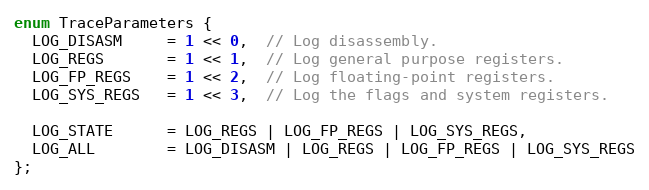
Language: C
enum TraceParameters {
  LOG_DISASM     = 1 << 0,  // Log disassembly.
  LOG_REGS       = 1 << 1,  // Log general purpose registers.
  LOG_FP_REGS    = 1 << 2,  // Log floating-point registers.
  LOG_SYS_REGS   = 1 << 3,  // Log the flags and system registers.

  LOG_STATE      = LOG_REGS | LOG_FP_REGS | LOG_SYS_REGS,
  LOG_ALL        = LOG_DISASM | LOG_REGS | LOG_FP_REGS | LOG_SYS_REGS
};